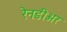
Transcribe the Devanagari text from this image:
रेनडीअर